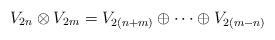
LaTeX: \begin{align*} V_{2n}\otimes V_{2m} = V_{2(n+m)} \oplus \cdots \oplus V_{2(m-n)} \end{align*}